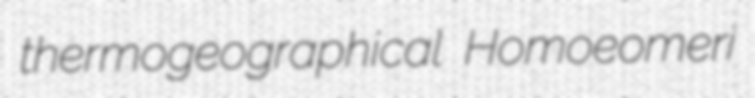
thermogeographical Homoeomeri